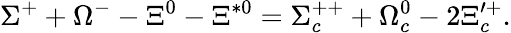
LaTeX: \Sigma^{+}+\Omega^{-}-\Xi^{0}-\Xi^{*0}=\Sigma_{c}^{++}+\Omega_{c}^{0}-2\Xi_{c}^{\prime+}.